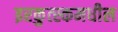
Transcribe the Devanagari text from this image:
इरकुत्स्कमधील